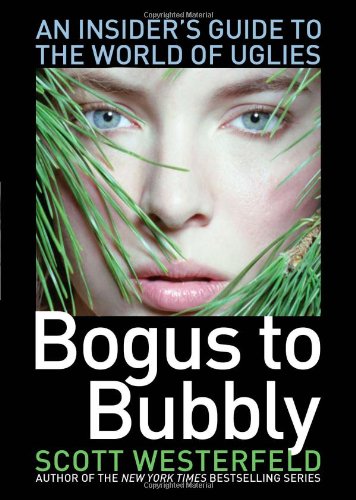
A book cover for Bogus to Bubbly: An Insider's Guide to the World of Uglies; Scott Westerfeld; Children's Books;